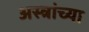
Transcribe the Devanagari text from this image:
अस्त्रांच्या